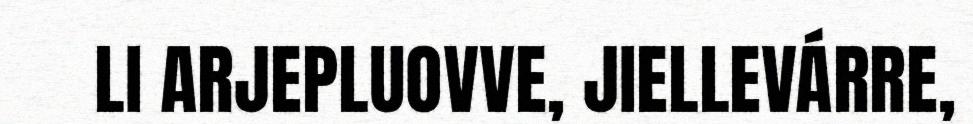
LI ARJEPLUOVVE, JIELLEVÁRRE,